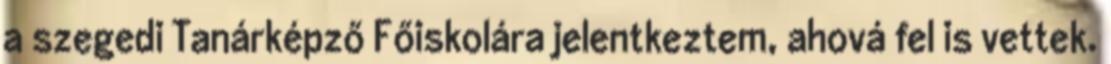
a szegedi Tanárképző Főiskolára jelentkeztem, ahová fel is vettek.